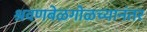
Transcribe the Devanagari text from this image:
श्रवणबेळगोळच्यानंतर